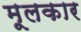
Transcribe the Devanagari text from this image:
मूलकार